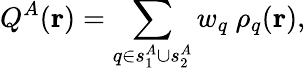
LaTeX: Q^{A}(\mathbf{r})=\sum_{q\in s_{1}^{A}\cup s_{2}^{A}}w_{q}\ \rho_{q}(\mathbf{r}),